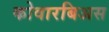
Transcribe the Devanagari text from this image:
कोवारबिअस